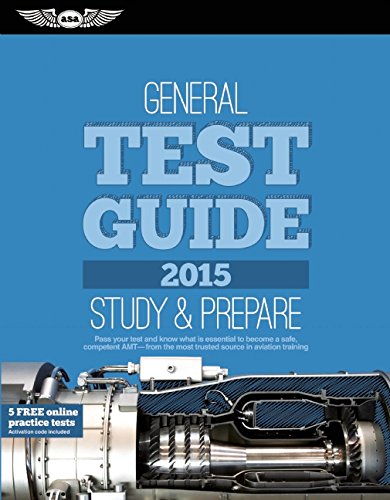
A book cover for General Test Guide 2015: The "Fast-Track" to Study for and Pass the Aviation Maintenance Technician Knowledge Exam (Fast-Track Test Guides); ASA Test Prep Board; Engineering & Transportation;